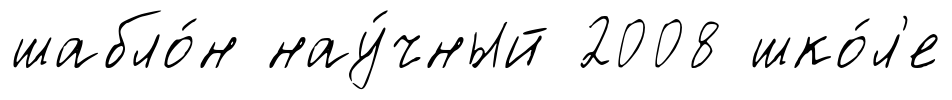
шабло́н нау́чный 2008 шко́л'е